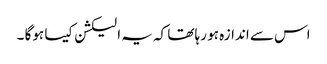
اس سے اندازہ ہو رہا تھا کہ یہ الیکشن کیسا ہوگا ۔